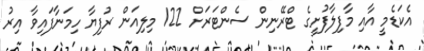
އެކަޑެމީ އާއި މާފިލާފުށީގެ ޓްރޭނިން ސެންޓަރަށް 122 މިލިއަން ރުފިޔާ ހިމަނާފައިވާ އިރު